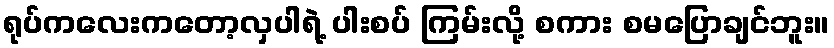
ရုပ်ကလေးကတော့လှပါရဲ့ ပါးစပ် ကြမ်းလို့ စကား စမပြောချင်ဘူး။